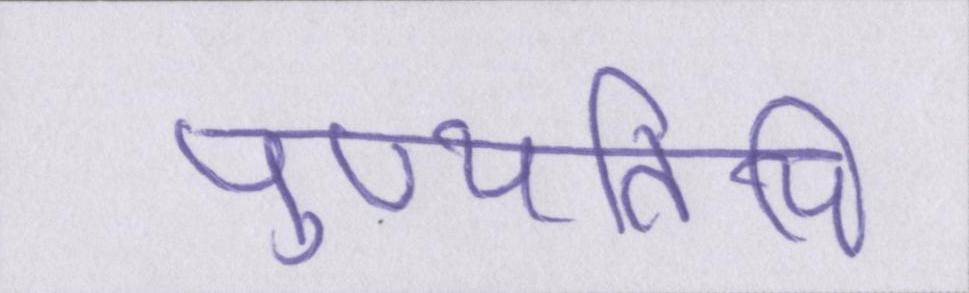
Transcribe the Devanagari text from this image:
पुण्यतिथि